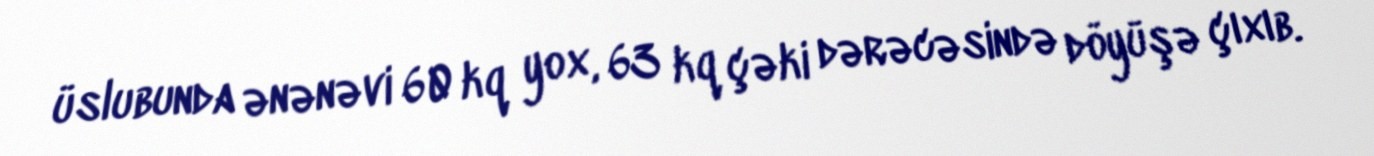
üslubunda ənənəvi 60 kq yox, 63 kq çəki dərəcəsində döyüşə çıxıb.